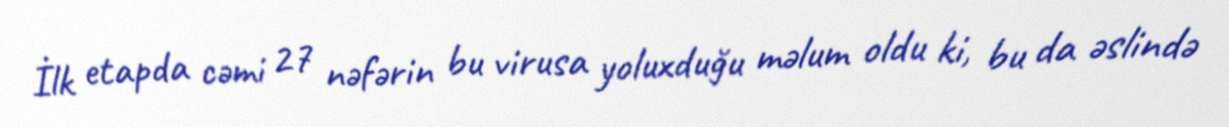
İlk etapda cəmi 27 nəfərin bu virusa yoluxduğu məlum oldu ki, bu da əslində